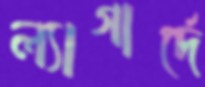
ল্যাগার্দে